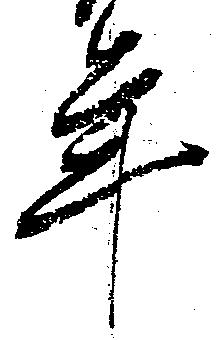
年